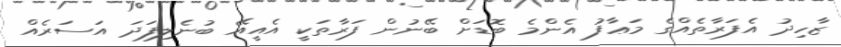
ޒާހިދު އެފަރާތެއްގެ މަޢާފު އެންމެ ބޮޑަށް ބޭނުން ފަރާތަކީ އެއީއޭ ބުނެލިފަދަ އަސަރެއް